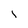
Character: l